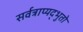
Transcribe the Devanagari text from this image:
सर्वत्राप्यद्भुतो